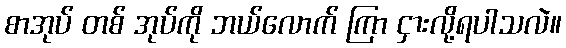
စာအုပ် တစ် အုပ်ကို ဘယ်လောက် ကြာ ငှားလို့ရပါသလဲ။